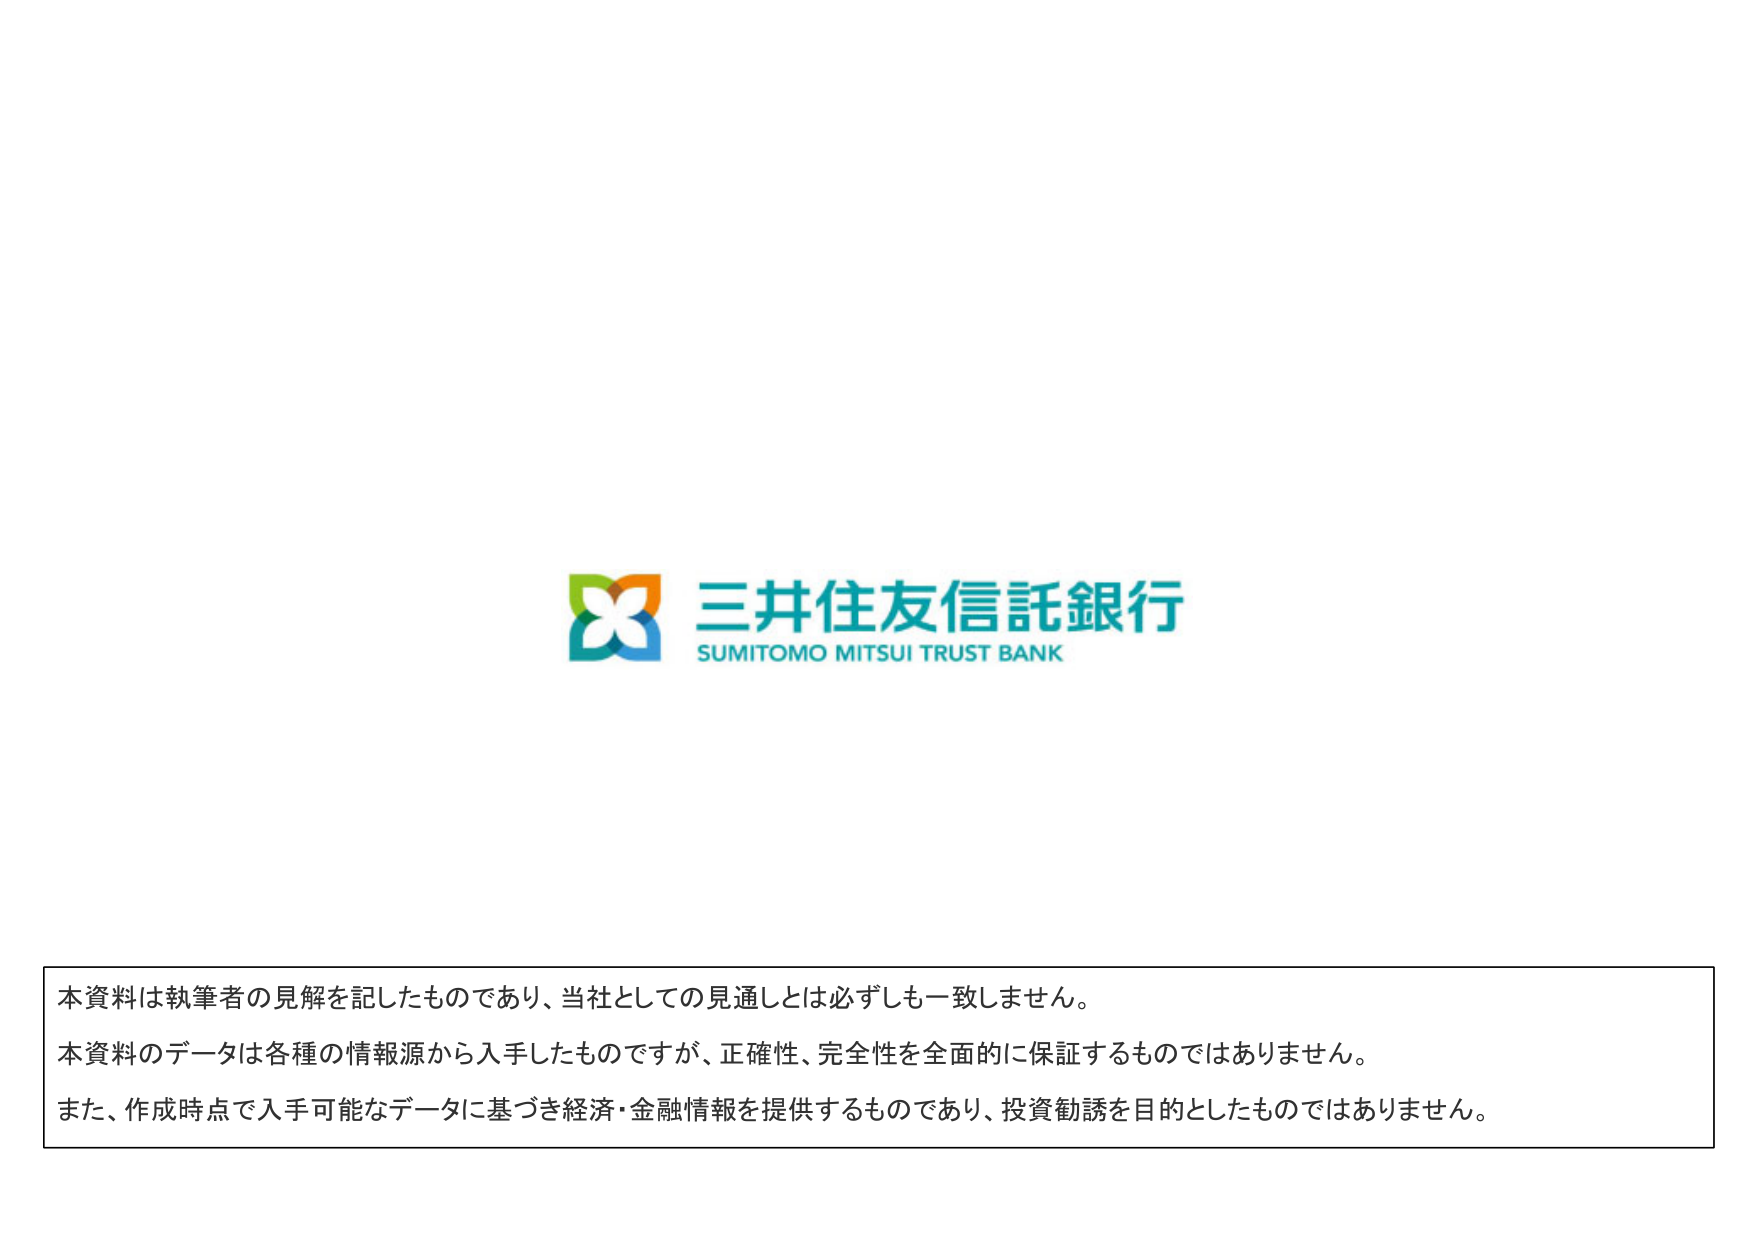
三井住友信託銀行
SUMITOMO MITSUI TRUST BANK

本資料は執筆者の見解を記したものであり、当社としての見通しとは必ずしも一致しません。
本資料のデータは各種の情報源から入手したものですが、正確性、完全性を全面的に保証するものではありません。
また、作成時点で入手可能なデータに基づき経済・金融情報を提供するものであり、投資勧誘を目的としたものではありません。